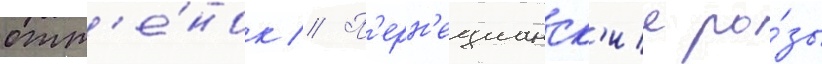
отт'е́нок // П'ерн'ецианск'ие ро́зы